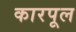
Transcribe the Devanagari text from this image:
कारपूल